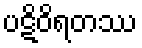
ပဋိဝိရတဿ